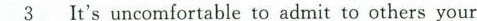
\underline{3}It's uncomfortable to admit to others your